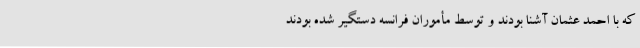
که با احمد عثمان آشنا بودند و توسط مأموران فرانسه دستگیر شده بودند